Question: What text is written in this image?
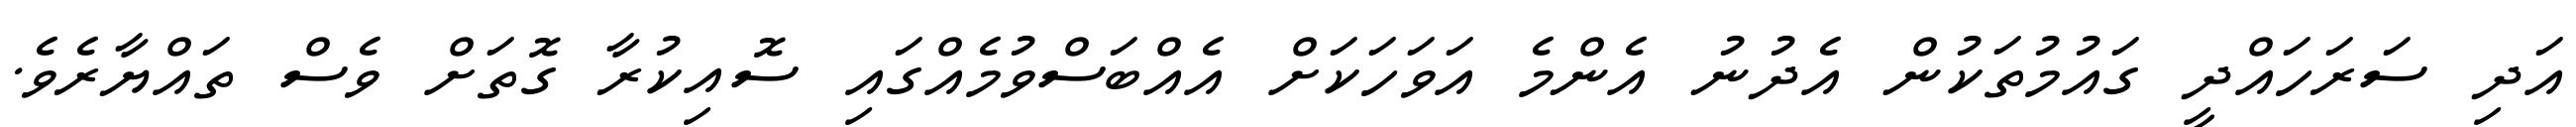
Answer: އަދި ސަރަހައްދީ ގައުމުތަކުން އެދުނު އެންމެ އަވަހަކަށް އެއްބަސްވުމެއްގައި ސޮއިކުރާ ގޮތަށް ވެސް ތައްޔާރެވެ.